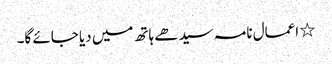
٭ اعمال نامہ سیدھے ہاتھ میں دیا جائے گا۔